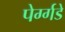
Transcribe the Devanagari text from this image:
पेर्ग्गडे